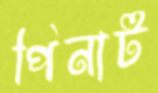
পিনাট